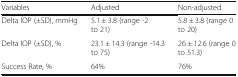
<table><thead><tr><td><b>Variables</b></td><td><b>Adjusted</b></td><td><b>Non-adjusted</b></td></tr></thead><tbody><tr><td>Delta IOP (±SD), mmHg</td><td>5.1 ± 3.8 (range -2 to 21)</td><td>5.8 ± 3.8 (range 0 to 20)</td></tr><tr><td>Delta IOP (±SD), %</td><td>23.1 ± 14.3 (range -14.3 to 75)</td><td>26 ± 12.6 (range 0 to 51.3)</td></tr><tr><td>Success Rate, %</td><td>64%</td><td>76%</td></tr></tbody></table>